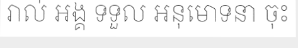
រាល់ អង្គ ទទួល អនុមោទនា ចុះ